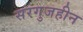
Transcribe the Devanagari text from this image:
सरगुजहीन